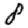
Digit: 8